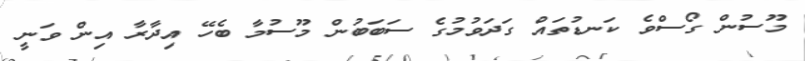
މޫސުން ގޯސްވެ ކަނޑުތައް ގަދަވުމުގެ ސަބަބުން މޫސުމާ ބެހޭ އިދާރާ އިން ވަނީ